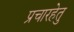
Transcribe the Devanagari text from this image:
प्रचारहेतु